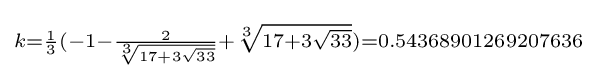
\scriptstyle {k={\frac {1}{3}}(-1-{\frac {2}{\sqrt[{3}]{17+3{\sqrt {33}}}}}+{\sqrt[{3}]{17+3{\sqrt {33}}}})=0.54368901269207636}